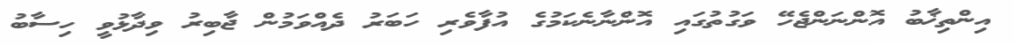
އިންތިޚާބު އޮންނަންޖެހޭ ވަގުތުގައި އޮންނާނެކަމުގެ އުފާވެރި ހަބަރު ދެއްވަމުން ޖާބިރު ވިދާޅުވީ ހިސާބު